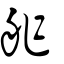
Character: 舴